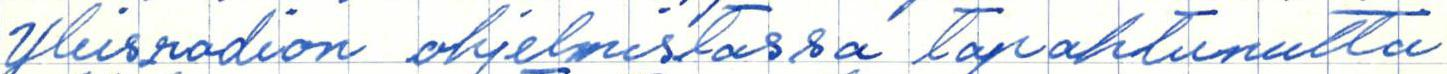
Yleisradion ohjelmistossa tapahtunutta